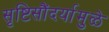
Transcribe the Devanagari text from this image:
सृष्टिसौंदर्यामुळे